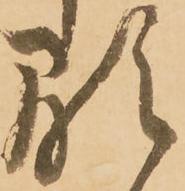
顕